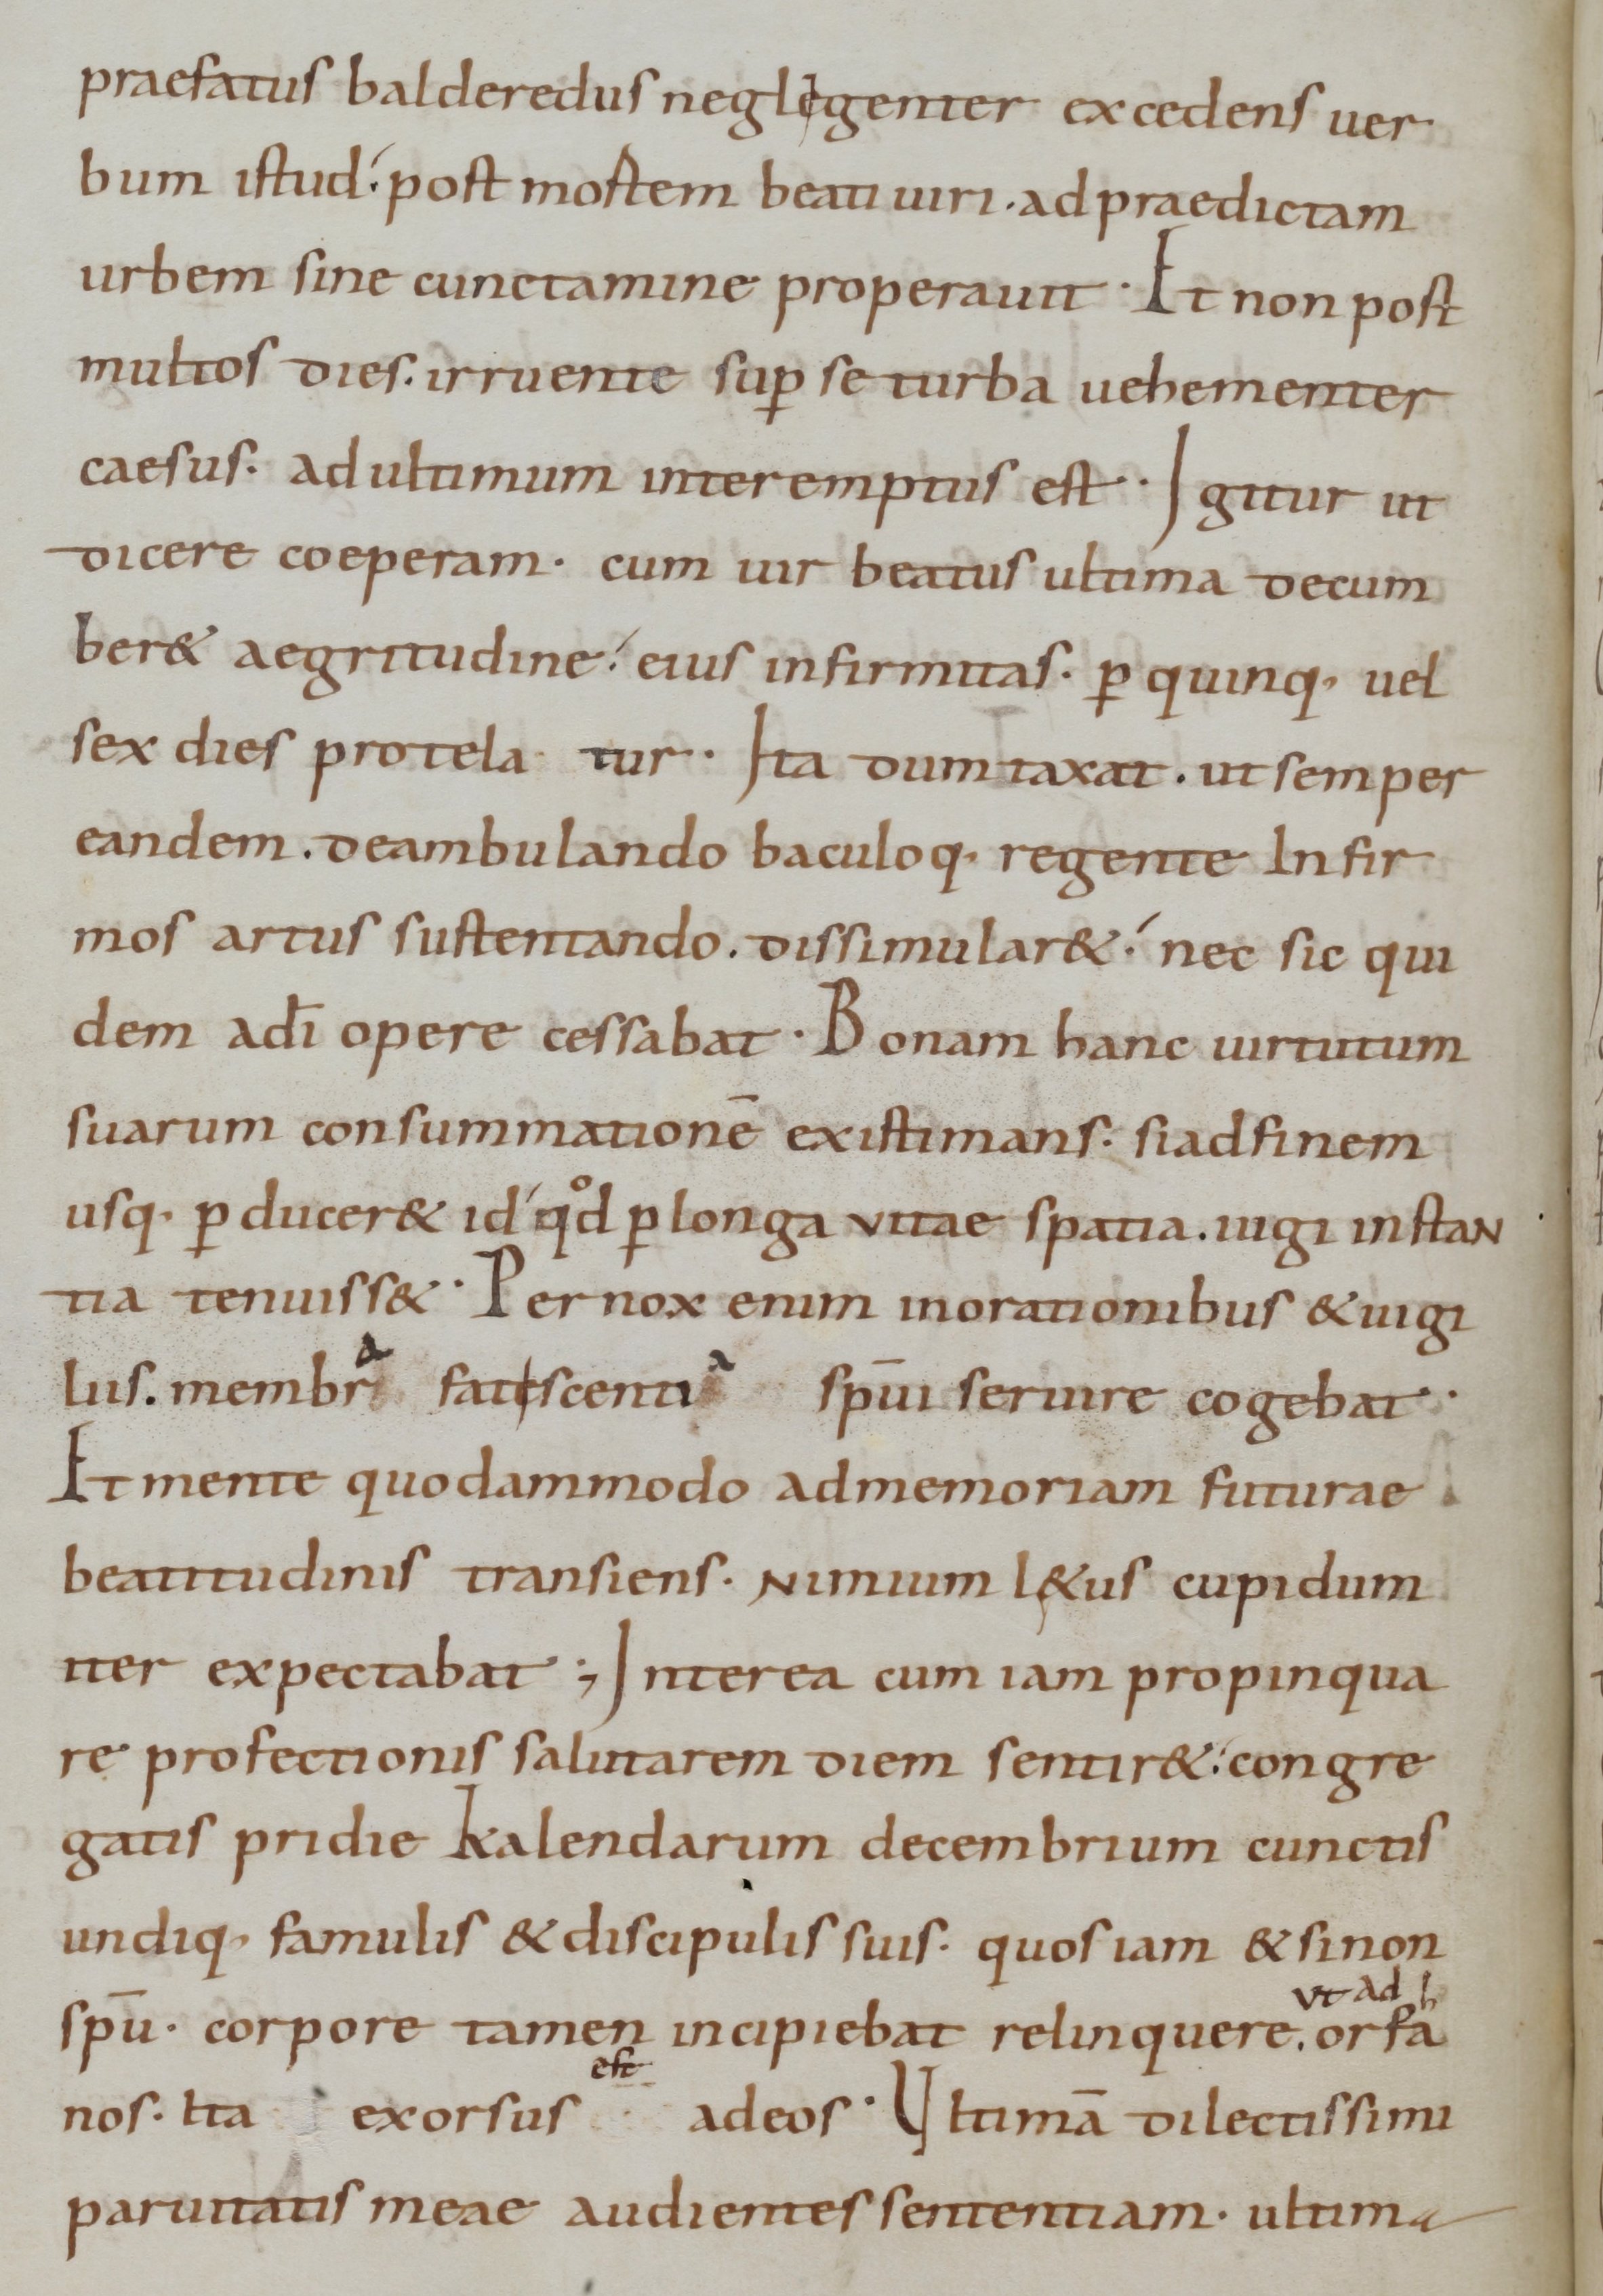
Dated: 800–999